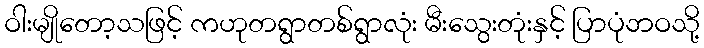
ဝါးမျိုတော့သဖြင့် ကဟုတရွာတစ်ရွာလုံး မီးသွေးတုံးနှင့် ပြာပုံဘဝသို့